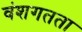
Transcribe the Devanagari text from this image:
वंशगतता